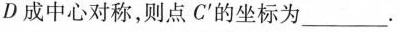
D成中心对称，则点C'的坐标为___。